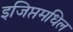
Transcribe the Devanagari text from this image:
इजिप्तमधिल